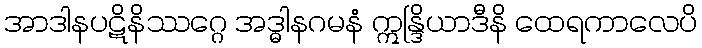
အာဒါနပဋိနိဿဂ္ဂေ အဒ္ဓါနဂမနံ ဣန္ဒြိယာဒီနိ ထေရကာလေပိ